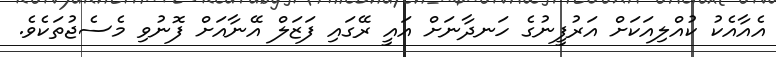
އެއާއެކު ކުއްލިއަކަށް އަރުފީނުގެ ހަނދާނަށް އައީ ރޭގައި ފަޒަލް އޭނާއަށް ފޮނުވި މެސެޖުތަކެވެ.